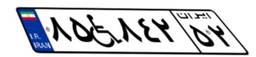
۸۵W۸۴۲۵۲